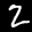
Label: 2